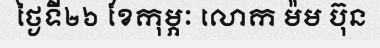
ថ្ងៃទី២៦ ខែកុម្ភៈ លោក ម៉ម ប៊ុន